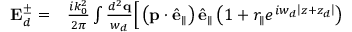
\begin{array} { r l } { \mathbf { E } _ { d } ^ { \pm } = } & { { } \frac { i k _ { 0 } ^ { 2 } } { 2 \pi } \int \frac { d ^ { 2 } \mathbf { q } } { w _ { d } } \Big [ \left( \mathbf { p } \cdot \hat { \mathbf { e } } _ { \parallel } \right) \hat { \mathbf { e } } _ { \parallel } \left( 1 + r _ { \parallel } e ^ { i w _ { d } \left\vert z + z _ { d } \right\vert } \right) } \end{array}